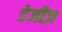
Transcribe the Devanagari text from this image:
डेजीज़